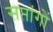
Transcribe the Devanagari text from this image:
सप्तांगों